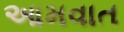
આમવાત